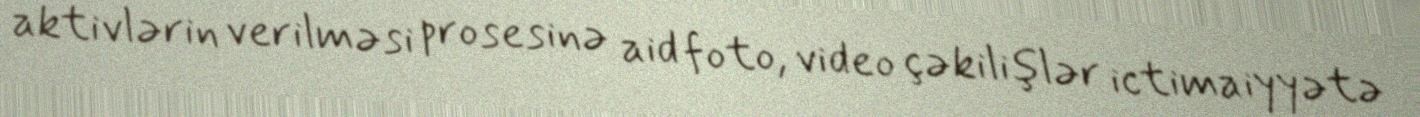
aktivlərin verilməsi prosesinə aid foto, video çəkilişlər ictimaiyyətə